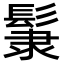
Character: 𩭞